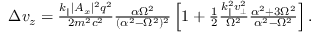
\begin{array} { r } { \Delta v _ { z } = \frac { k _ { \parallel } | A _ { x } | ^ { 2 } q ^ { 2 } } { 2 m ^ { 2 } c ^ { 2 } } \frac { \alpha \Omega ^ { 2 } } { ( \alpha ^ { 2 } - \Omega ^ { 2 } ) ^ { 2 } } \left[ 1 + \frac { 1 } { 2 } \frac { k _ { \parallel } ^ { 2 } v _ { \perp } ^ { 2 } } { \Omega ^ { 2 } } \frac { \alpha ^ { 2 } + 3 \Omega ^ { 2 } } { \alpha ^ { 2 } - \Omega ^ { 2 } } \right] . } \end{array}